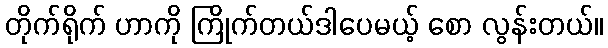
တိုက်ရိုက် ဟာကို ကြိုက်တယ်ဒါပေမယ့် စော လွန်းတယ်။